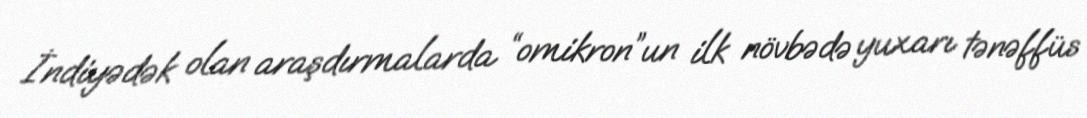
İndiyədək olan araşdırmalarda “omikron”un ilk növbədə yuxarı tənəffüs